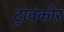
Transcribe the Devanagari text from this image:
ट्रावंकोर